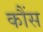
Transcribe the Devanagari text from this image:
कौंस